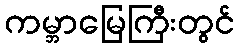
ကမ္ဘာမြေကြီးတွင်